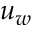
u _ { w }